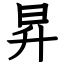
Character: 昇